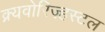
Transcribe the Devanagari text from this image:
क्र्यवोरिज़्हस्टल